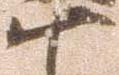
十